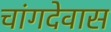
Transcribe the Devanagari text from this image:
चांगदेवास